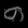
Digit: ၈